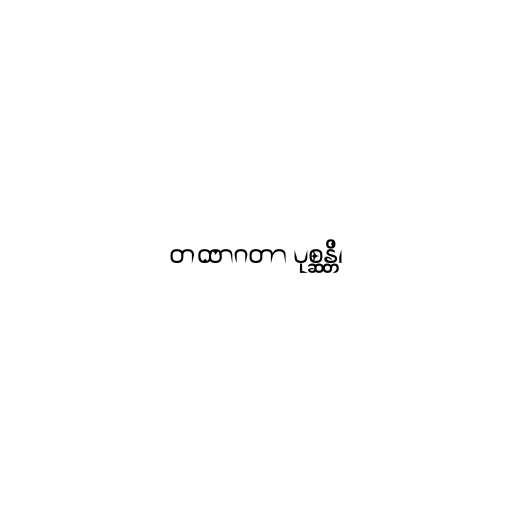
တထာဂတာ ပုစ္ဆန္တိ၊